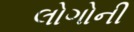
લોગોની